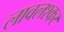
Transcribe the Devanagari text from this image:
लावलश्कर